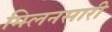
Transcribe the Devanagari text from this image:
मिलनसारी